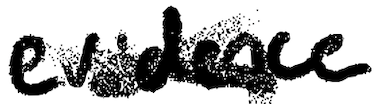
Text: evidence
Cross-out: cross
Writing tool: digital_black